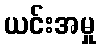
ယင်းအမှု